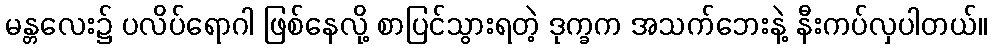
မန္တလေး၌ ပလိပ်ရောဂါ ဖြစ်နေလို့ စာပြင်သွားရတဲ့ ဒုက္ခက အသက်ဘေးနဲ့ နီးကပ်လှပါတယ်။